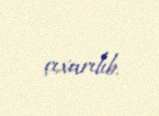
çıxarılıb.